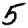
Digit: 5